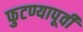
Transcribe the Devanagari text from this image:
फुटण्यापूर्वी